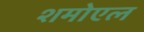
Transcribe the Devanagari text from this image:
शमोएल